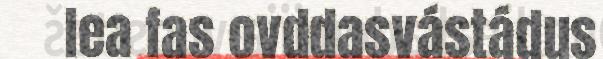
lea fas ovddasvástádus